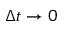
\Delta t \to 0